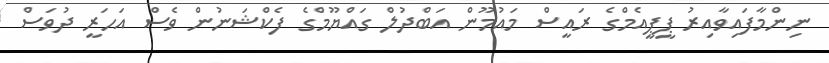
ނިންމާފައިވާއިރު ޕީޕީއެމްގެ ރައީސް މައުމޫން އަބްދުލް ގައްޔޫމްގެ ފެކްޝަނުން ވެސް އަހަރީ ދުވަސް